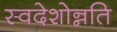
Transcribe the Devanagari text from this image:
स्वदेशोन्नति